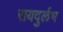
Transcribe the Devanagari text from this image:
रायदुर्लभ